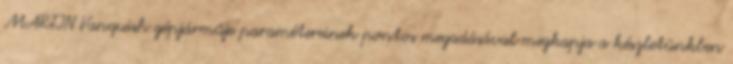
MARTIN Vanquish gépjárműje paramétereinek pontos megadásával megkapja a készletünkben